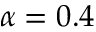
\alpha = 0 . 4